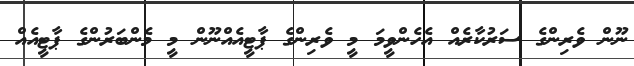
ނޫން ވެރިންގެ ސަރުކާރެއް އެހެންވީމަ މީ ވެރިންގެ ޕާޓީއެއްނޫން މީ މެންބަރުންގެ ޕާޓީއެއް